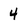
Character: 4